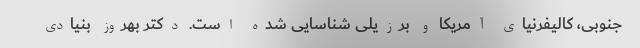
جنوبی، کالیفرنیای آمریکا و برزیلی شناسایی شده است. دکتر بهروز بنیادی